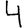
Digit: 4